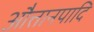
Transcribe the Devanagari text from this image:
औत्तानपादि